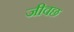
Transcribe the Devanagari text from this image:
जीवछ